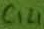
Text: C14